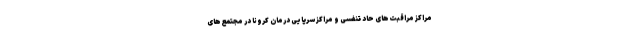
مراکز مراقبت‌های حاد تنفسی و مراکز سرپایی درمان کرونا در مجتمع‌های